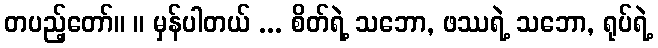
တပည့်တော်။ ။ မှန်ပါတယ် ... စိတ်ရဲ့ သဘော, ဖဿရဲ့ သဘော, ရုပ်ရဲ့